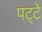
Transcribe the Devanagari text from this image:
पट्‍टे